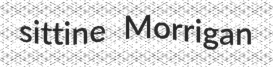
sittine Morrigan